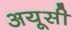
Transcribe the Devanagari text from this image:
अयूसी